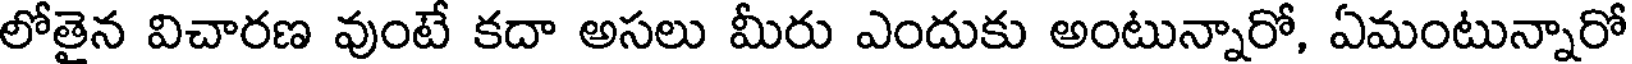
లోతైన విచారణ వుంటే కదా అసలు మీరు ఎందుకు అంటున్నారో, ఏమంటున్నారో